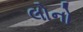
લોનો